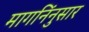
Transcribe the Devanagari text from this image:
मागनिंनुसार